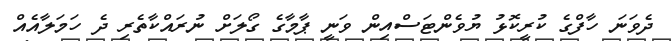
ދެވަނަ ހާފްގެ ކުރީކޮޅު ޔުވެންޓަސްއިން ވަނީ ޕާމާގެ ގޯލަށް ނުރައްކާތެރި ދެ ހަމަލާއެއް